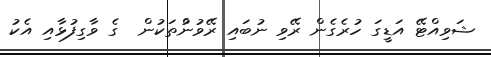
ޝަވިއްޓޭ އަޑީގަ ހުރެގެން ރޭވި ނުބައި ރޭވުނުްތަކުން  ގެ ވާގިފުޅާއި އެކު